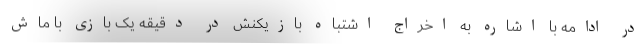
در ادامه با اشاره به اخراج اشتباه بازیکنش در دقیقه یک بازی با ماش